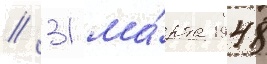
// 31 ма́рта 1948